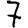
Digit: 7